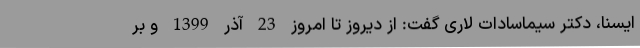
ایسنا، دکتر سیماسادات لاری گفت: از دیروز تا امروز 23 آذر 1399 و بر